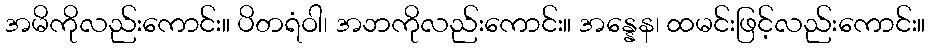
အမိကိုလည်းကောင်း။ ပိတရံဝါ၊ အဘကိုလည်းကောင်း။ အန္နေန၊ ထမင်းဖြင့်လည်းကောင်း။